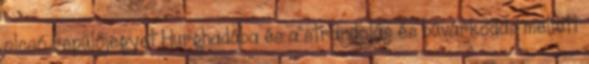
olcsó repülőjegyet Hurghadába és a strandolás és búvárkodás mellett